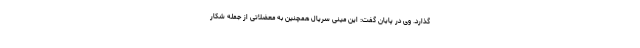
گذارد. وی در پایان گفت: این مینی سریال همچنین به معضلاتی از جمله شکار